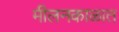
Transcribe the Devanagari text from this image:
मीलनकाळात